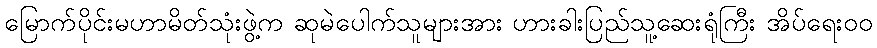
မြောက်ပိုင်းမဟာမိတ်သုံးဖွဲ့က ဆုမဲပေါက်သူများအား ဟားခါးပြည်သူ့ဆေးရုံကြီး အိပ်ရေးဝဝ